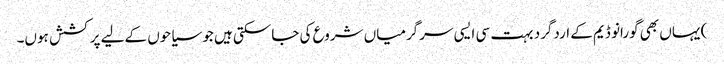
) یہاں بھی گورانو ڈیم کے اردگرد بہت سی ایسی سرگرمیاں شروع کی جاسکتی ہیں جو سیاحوں کےلیے پرکشش ہوں۔